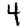
Digit: 4